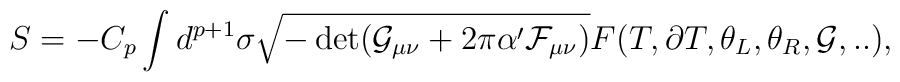
S=-C_p\int d^{p+1}\sigma\sqrt{-\det(\mathcal{G}_{\mu\nu}+2\pi\alpha'\mathcal{F} _{\mu\nu} )}F(T,\partial T, \theta_L,\theta_R,\mathcal{G},..),